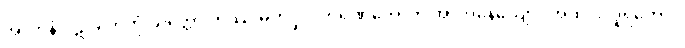
အာဟုနံ ပဋိဂ္ဂဟေတုံ ယုတ္တော တဿ မဟပ္ဖလကရဏတောတိ အာဟုနေယျော။ အထ ဝါ ဒူရတောပိ